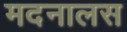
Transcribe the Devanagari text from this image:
मदनालस